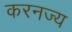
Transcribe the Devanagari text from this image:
करनज्य